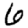
Digit: 6